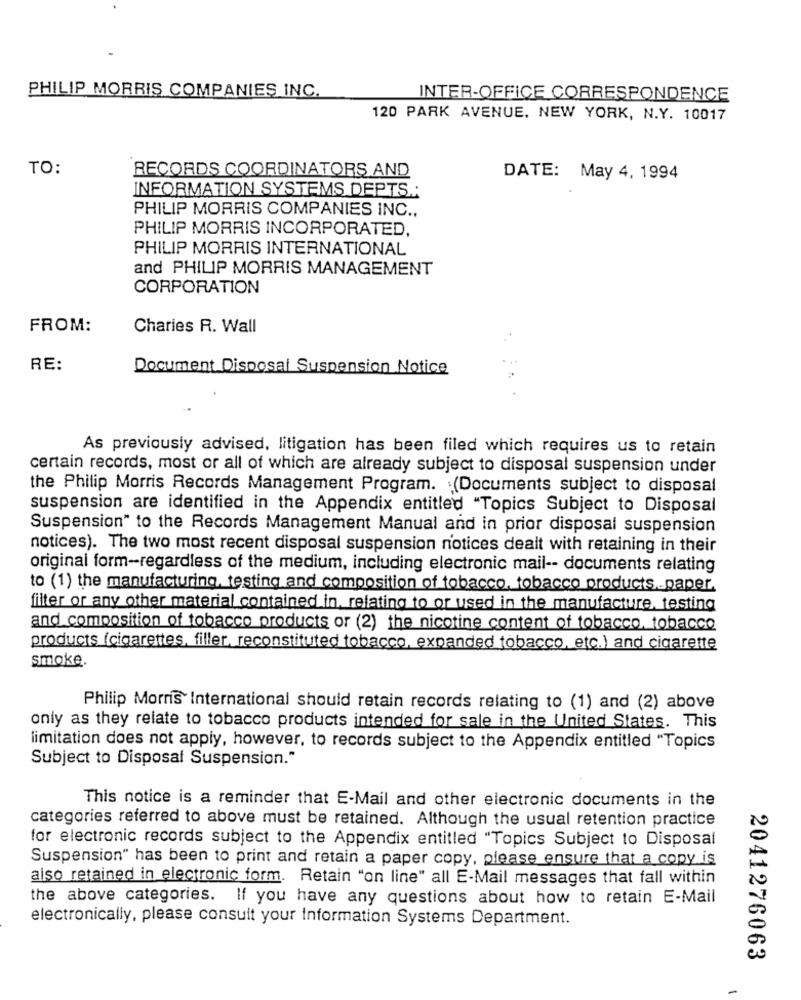
PHILIP MORRIS COMPANIES INC.
INTER-OFFICE CORRESPONDENCE
120 PARK AVENUE, NEW YORK, N.Y. 10017
TO:
RECORDS COORDINATORS AND
DATE: May 4, 1994
INFORMATION SYSTEMS DEPTS .;
PHILIP MORRIS COMPANIES INC .,
PHILIP MORRIS INCORPORATED,
PHILIP MORRIS INTERNATIONAL
and PHILIP MORRIS MANAGEMENT
CORPORATION
FROM:
Charies R. Wall
RE:
Document Disposal Suspension Notice
As previously advised, litigation has been filed which requires us to retain
certain records, most or all of which are already subject to disposal suspension under
the Philip Morris Records Management Program. (Documents subject to disposal
suspension are identified in the Appendix entitled "Topics Subject to Disposal
Suspension" to the Records Management Manual and in prior disposal suspension
notices). The two most recent disposal suspension notices dealt with retaining in their
original form-regardless of the medium, including electronic mail -- documents relating
to (1) the manufacturing, testing and composition of tobacco, tobacco products.paper.
filter or any other material contained in, relating to or used in the manufacture, testing
and composition of tobacco products or (2) the nicotine content of tobacco, tobacco
products (cigarettes, filler, reconstituted tobacco, expanded tobacco, etc.) and cigarette
smoke.
Philip Morris International should retain records relating to (1) and (2) above
only as they relate to tobacco products intended for sale in the United States. This
limitation does not apply, however, to records subject to the Appendix entitled "Topics
Subject to Disposal Suspension."
This notice is a reminder that E-Mail and other electronic documents in the
categories referred to above must be retained. Although the usual retention practice
for electronic records subject to the Appendix entitled "Topics Subject to Disposal
Suspension" has been to print and retain a paper copy, please ensure that a copy is
also retained in electronic form. Retain "on line" all E-Mail messages that fall within
the above categories. If you have any questions about how to retain E-Mail
electronically, please consult your Information Systems Department.
2041276063